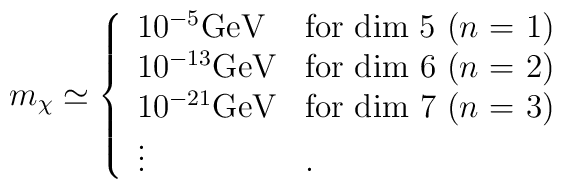
m_\chi \simeq \left\{ \begin{array}{ll}             10^{-5} \rm {GeV}      & \mbox{for dim 5 ($n$ = 1)} \\             10^{-13} \rm {GeV}    & \mbox{for dim 6 ($n$ = 2)} \\             10^{-21} \rm {GeV}    & \mbox{for dim 7 ($n$ = 3)} \\                             \vdots                  & .                               \end{array}                           \right.